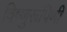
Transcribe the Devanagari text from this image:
विष्णुरूपिणी